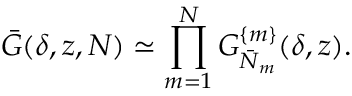
\bar { G } ( \delta , z , N ) \simeq \prod _ { m = 1 } ^ { N } G _ { \bar { N } _ { m } } ^ { \{ m \} } ( \delta , z ) .